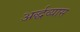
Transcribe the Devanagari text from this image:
अर्द्धव्यास